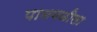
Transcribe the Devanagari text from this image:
पानगळीला